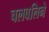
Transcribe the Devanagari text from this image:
चलवलिने